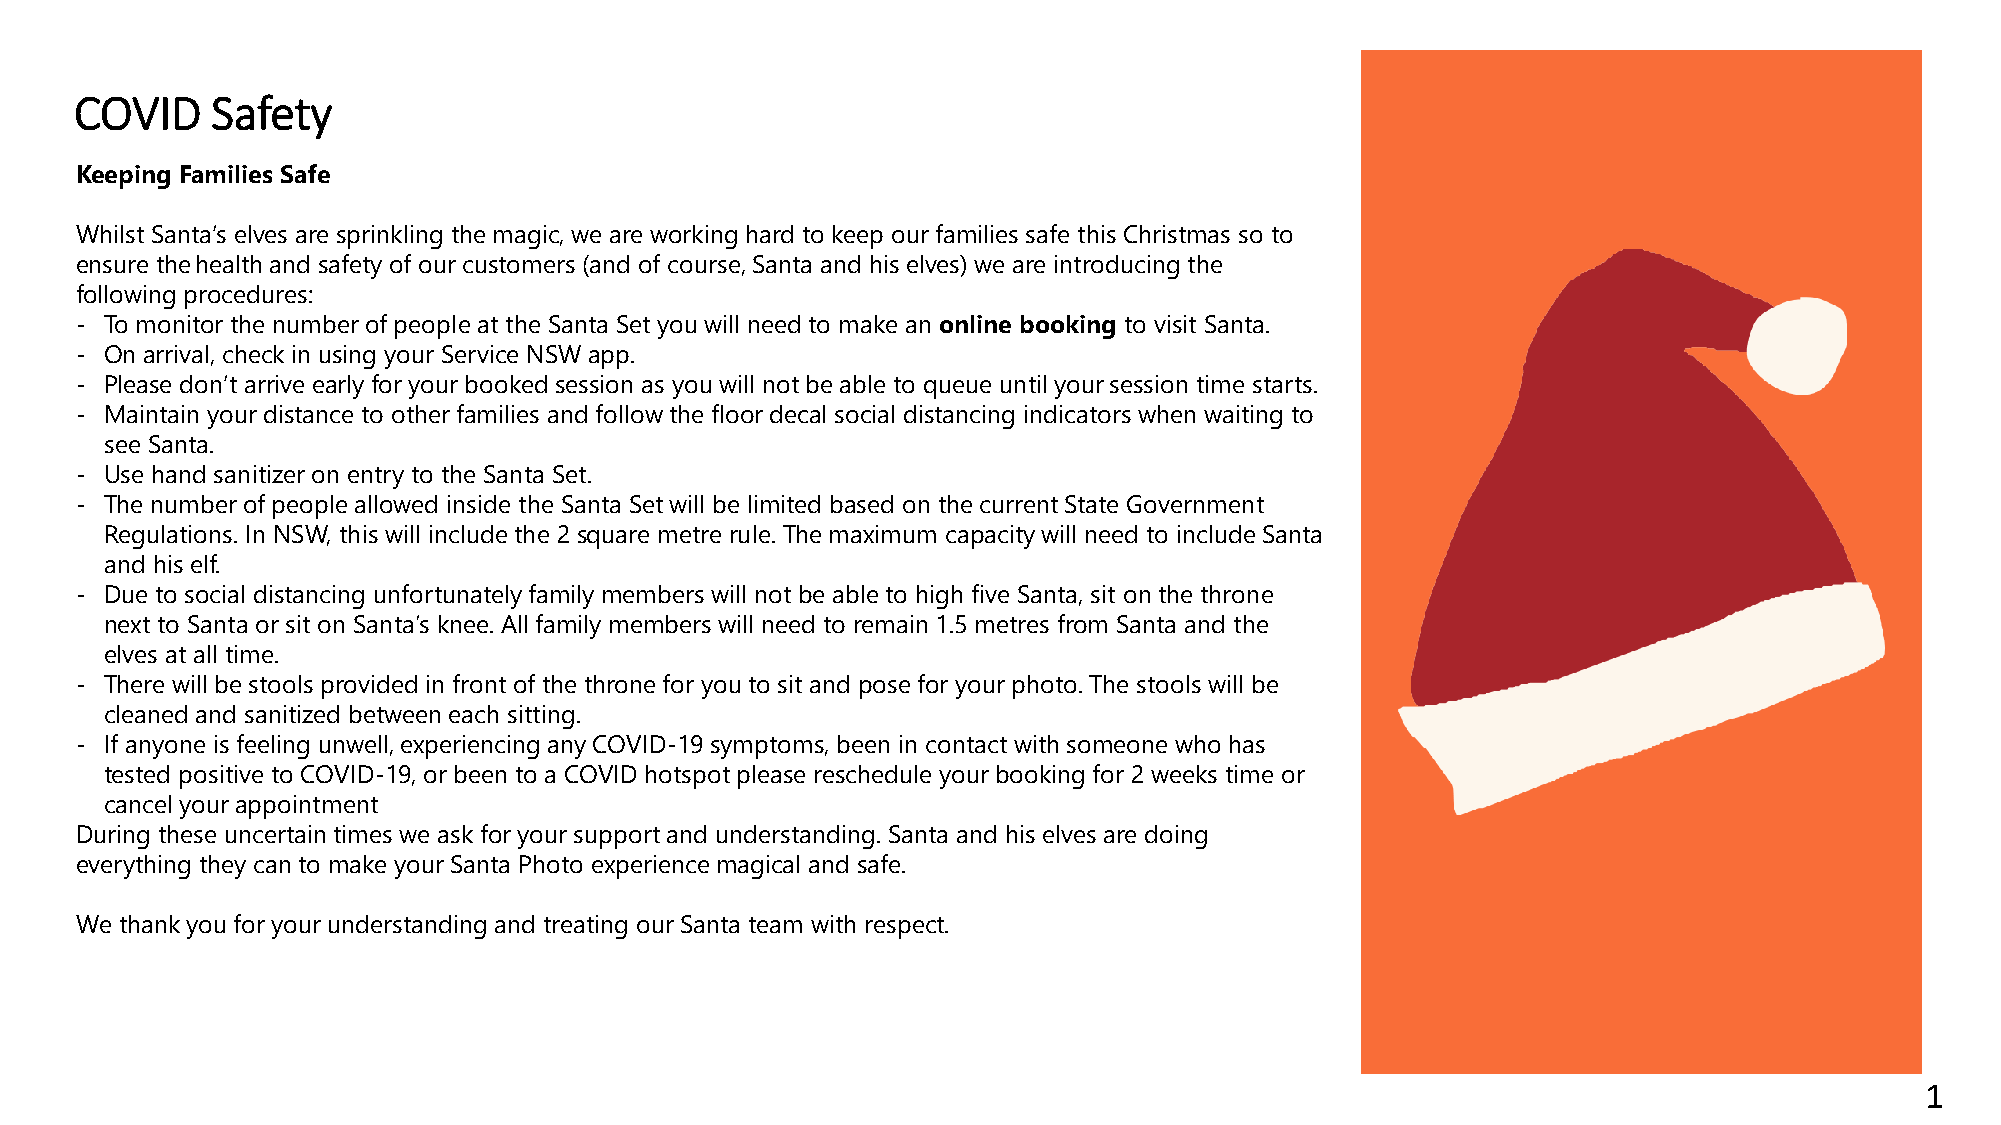
COVID    Safety
 Keeping Families Safe
 Whilst Santa’s elves are sprinkling the magic, we are working hard to keep our families safe this Christmas so to
 ensure thehealth and safety of our customers (and of course, Santa and his elves) we are introducing the
 following procedures:
 - To monitor the number of people at the Santa Set you will need to make an online booking to visit Santa.
 - On arrival, check in using your Service NSW app.
 - Please don’t arrive early for your booked session as you will not be able to queue until your session time starts.
 - Maintain your distance to other families and follow the floor decal social distancing indicators when waiting to
 see Santa.
 - Use hand sanitizer on entry to the Santa Set.
 - The number of people allowed inside the Santa Set will be limited based on the current State Government
 Regulations. In NSW, this will include the 2 square metre rule. The maximum capacity will need to include Santa
 and his elf.
 - Due to social distancing unfortunately family members will not be able to high five Santa, sit on the throne
 next to Santa or sit on Santa’s knee. All family members will need to remain 1.5 metres from Santa and the
 elves at all time.
 - There will be stools provided in front of the throne for you to sit and pose for your photo. The stools will be
 cleaned and sanitized between each sitting.
 - If anyone is feeling unwell, experiencing any COVID-19 symptoms, been in contact with someone who has
 tested positive to COVID-19, or been to a COVID hotspot please reschedule your booking for 2 weeks time or
 cancel your appointment
 During these uncertain times we ask for your support and understanding. Santa and his elves are doing
 everything they can to make your Santa Photo experience magical and safe.
 We thank you for your understanding and treating our Santa team with respect.
 1